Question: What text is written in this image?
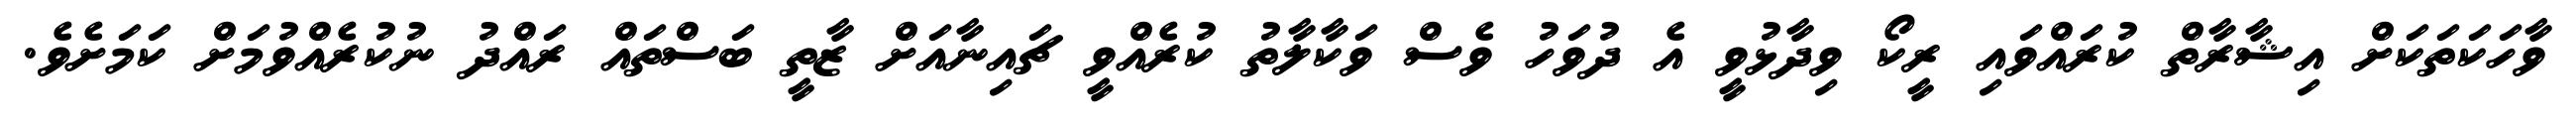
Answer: ވާހަކަތަކަށް އިޝާރާތް ކުރައްވައި ރީކޯ ވިދާޅުވީ އެ ދުވަހު ވެސް ވަކާލާތު ކުރެއްވީ ޗައިނާއަށް ޒާތީ ބަސްތައް ރައްދު ނުކުރެއްވުމަށް ކަމަށެވެ.